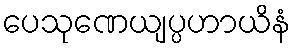
ပေသုဏေယျပ္ပဟာယိနံ